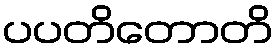
ပပတိတောတိ